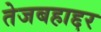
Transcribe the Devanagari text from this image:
तेजबहाद्दर